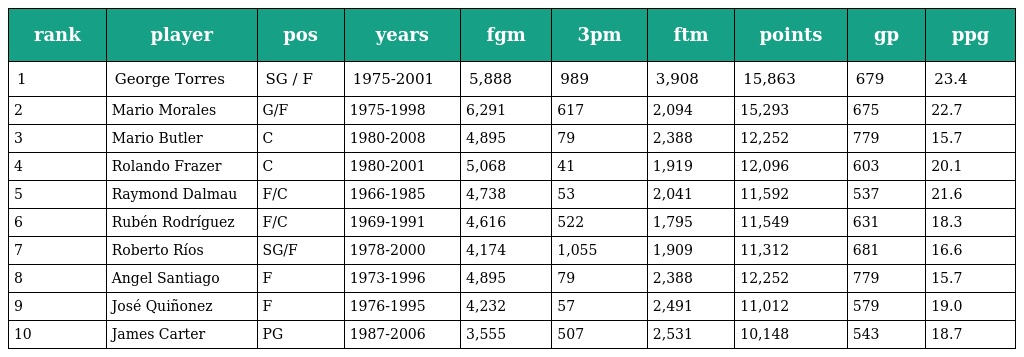
| rank | player | pos | years | fgm | 3pm | ftm | points | gp | ppg |
 | --- | --- | --- | --- | --- | --- | --- | --- | --- | --- |
 | 1 | George Torres | SG / F | 1975-2001 | 5,888 | 989 | 3,908 | 15,863 | 679 | 23.4 |
 | 2 | Mario Morales | G/F | 1975-1998 | 6,291 | 617 | 2,094 | 15,293 | 675 | 22.7 |
 | 3 | Mario Butler | C | 1980-2008 | 4,895 | 79 | 2,388 | 12,252 | 779 | 15.7 |
 | 4 | Rolando Frazer | C | 1980-2001 | 5,068 | 41 | 1,919 | 12,096 | 603 | 20.1 |
 | 5 | Raymond Dalmau | F/C | 1966-1985 | 4,738 | 53 | 2,041 | 11,592 | 537 | 21.6 |
 | 6 | Rubén Rodríguez | F/C | 1969-1991 | 4,616 | 522 | 1,795 | 11,549 | 631 | 18.3 |
 | 7 | Roberto Ríos | SG/F | 1978-2000 | 4,174 | 1,055 | 1,909 | 11,312 | 681 | 16.6 |
 | 8 | Angel Santiago | F | 1973-1996 | 4,895 | 79 | 2,388 | 12,252 | 779 | 15.7 |
 | 9 | José Quiñonez | F | 1976-1995 | 4,232 | 57 | 2,491 | 11,012 | 579 | 19.0 |
 | 10 | James Carter | PG | 1987-2006 | 3,555 | 507 | 2,531 | 10,148 | 543 | 18.7 |